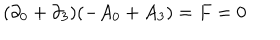
( \partial _ { 0 } + \partial _ { 3 } ) ( - A _ { 0 } + A _ { 3 } ) = F = 0